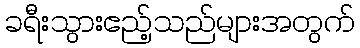
ခရီးသွားဧည့်သည်များအတွက်